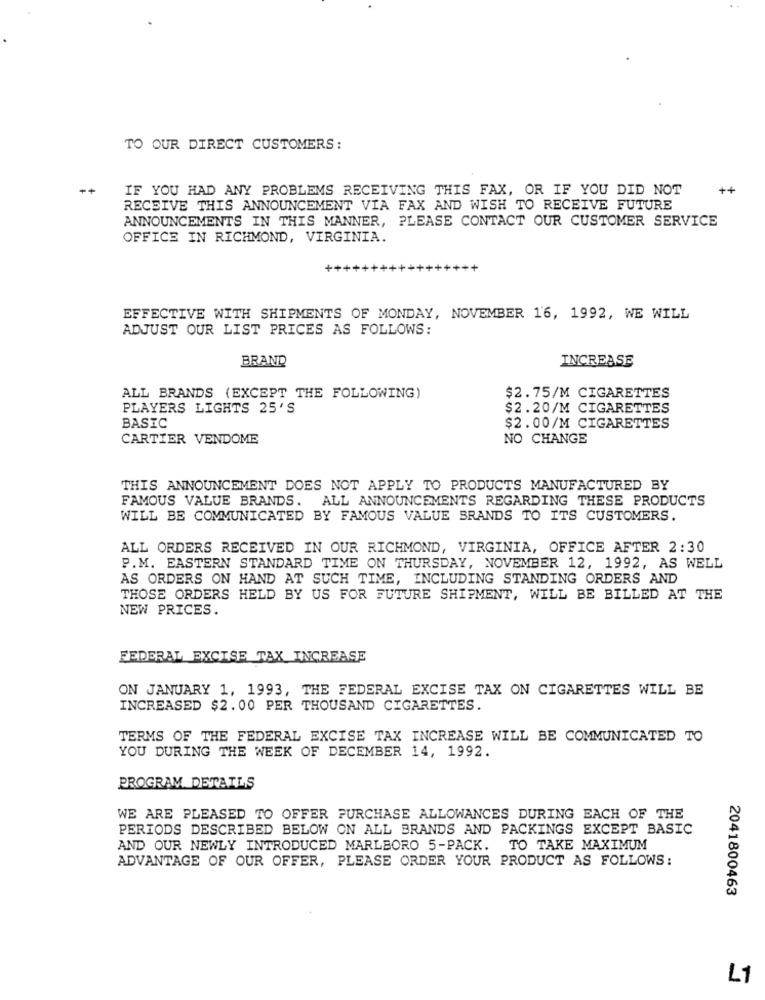
TO OUR DIRECT CUSTOMERS:
++
IF YOU HAD ANY PROBLEMS RECEIVING THIS FAX, OR IF YOU DID NOT
++
RECEIVE THIS ANNOUNCEMENT VIA FAX AND WISH TO RECEIVE FUTURE
ANNOUNCEMENTS IN THIS MANNER, PLEASE CONTACT OUR CUSTOMER SERVICE
OFFICE IN RICHMOND, VIRGINIA.
++
EFFECTIVE WITH SHIPMENTS OF MONDAY, NOVEMBER 16, 1992, WE WILL
ADJUST OUR LIST PRICES AS FOLLOWS:
BRAND
INCREASE
ALL BRANDS (EXCEPT THE FOLLOWING)
$2.75/M CIGARETTES
PLAYERS LIGHTS 25'S
$2.20/M CIGARETTES
BASIC
$2.00/M CIGARETTES
CARTIER VENDOME
NO CHANGE
THIS ANNOUNCEMENT DOES NOT APPLY TO PRODUCTS MANUFACTURED BY
FAMOUS VALUE BRANDS. ALL ANNOUNCEMENTS REGARDING THESE PRODUCTS
WILL BE COMMUNICATED BY FAMOUS VALUE BRANDS TO ITS CUSTOMERS.
ALL ORDERS RECEIVED IN OUR RICHMOND, VIRGINIA, OFFICE AFTER 2:30
P.M. EASTERN STANDARD TIME ON THURSDAY, NOVEMBER 12, 1992, AS WELL
AS ORDERS ON HAND AT SUCH TIME, INCLUDING STANDING ORDERS AND
THOSE ORDERS HELD BY US FOR FUTURE SHIPMENT, WILL BE BILLED AT THE
NEW PRICES.
FEDERAL EXCISE TAX INCREASE
ON JANUARY 1, 1993, THE FEDERAL EXCISE TAX ON CIGARETTES WILL BE
INCREASED $2.00 PER THOUSAND CIGARETTES.
TERMS OF THE FEDERAL EXCISE TAX INCREASE WILL BE COMMUNICATED TO
YOU DURING THE WEEK OF DECEMBER 14, 1992.
PROGRAM DETAILS
WE ARE PLEASED TO OFFER PURCHASE ALLOWANCES DURING EACH OF THE
PERIODS DESCRIBED BELOW ON ALL BRANDS AND PACKINGS EXCEPT BASIC
AND OUR NEWLY INTRODUCED MARLBORO 5-PACK. TO TAKE MAXIMUM
ADVANTAGE OF OUR OFFER, PLEASE ORDER YOUR PRODUCT AS FOLLOWS:
2041800463
L1